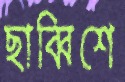
ছাব্বিশে